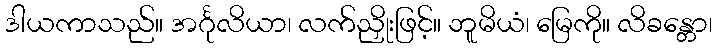
ဒါယကာသည်။ အင်္ဂုလိယာ၊ လက်ညှိုးဖြင့်။ ဘူမိယံ၊ မြေကို။ လိခန္တော၊